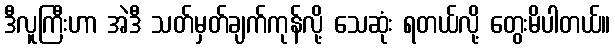
ဒီလူကြီးဟာ အဲဒီ သတ်မှတ်ချက်ကုန်လို့ သေဆုံး ရတယ်လို့ တွေးမိပါတယ်။